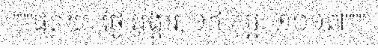
"""ផ្សាយៈ ថ្ងៃ អង្គារ, ១៤ កុម្ភៈ ២០១៧"""